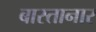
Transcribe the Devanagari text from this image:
बास्तानार